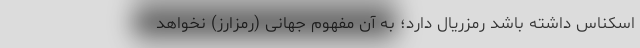
اسکناس داشته باشد رمزریال دارد؛ به آن مفهوم جهانی (رمزارز) نخواهد